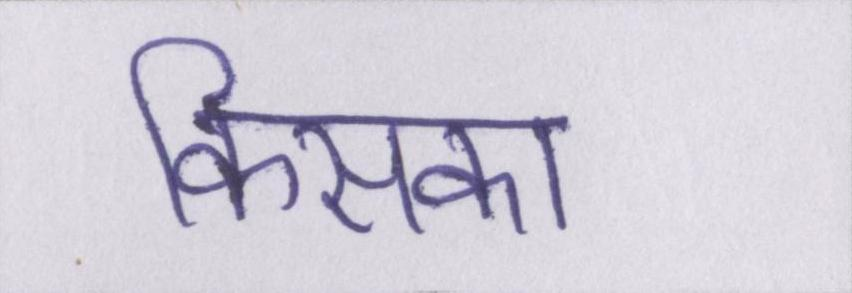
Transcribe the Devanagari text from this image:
किसका